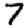
Digit: 7